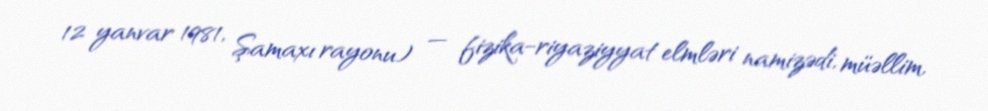
12 yanvar 1981, Şamaxı rayonu) — fizika−riyaziyyat elmləri namizədi, müəllim,